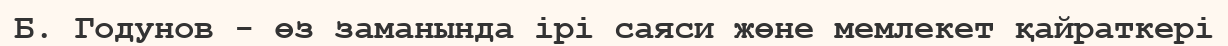
Б. Годунов - өз заманында ірі саяси жөне мемлекет қайраткері